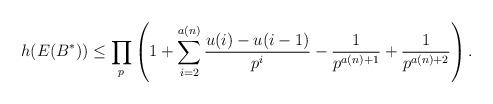
LaTeX: \begin{align*}h(E(B^*))\leq \prod_{p}\left(1+\sum_{i=2}^{a(n)}\frac{u(i)-u(i-1)}{p^i}-\frac{1}{p^{a(n)+1}}+\frac{1}{p^{a(n)+2}}\right).\end{align*}